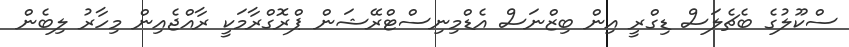
ސްކޫލުގެ ބެޗެލަސް ޑިގްރީ އިން ބިޒްނަސް އެޑްމިނިސްޓްރޭޝަން ޕްރޮގްރާމަކީ ރާއްޖެއިން މިހާރު ލިބެން